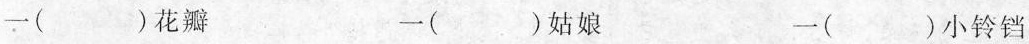
一( )花瓣 一( )姑娘 一( )小铃铛